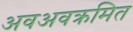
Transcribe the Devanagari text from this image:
अवअवक्रमित